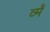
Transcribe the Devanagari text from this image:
व्मैं